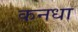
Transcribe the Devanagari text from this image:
कनधा